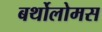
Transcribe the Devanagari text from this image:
बर्थोलोमस